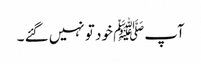
آپﷺ خود تو نہیں گئے ۔